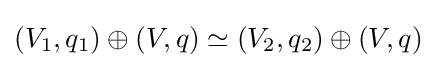
(V_{1},q_{1})\oplus (V,q)\simeq (V_{2},q_{2})\oplus (V,q)